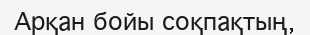
Арқан бойы соқпақтың,